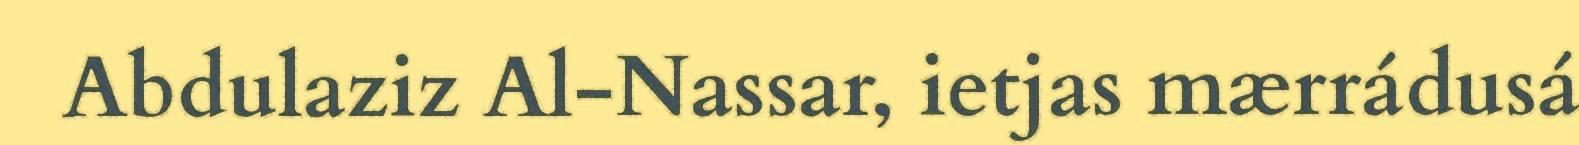
Abdulaziz Al-Nassar, ietjas mærrádusá